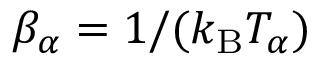
\beta _ { \alpha } = 1 / ( k _ { \mathrm { B } } T _ { \alpha } )